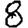
Digit: 8